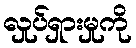
လှုပ်ရှားမှုကို